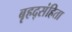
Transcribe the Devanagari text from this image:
बृहद्संहिता